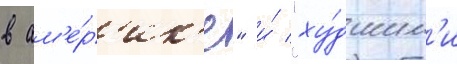
в ам'е́р'ик'е" и́ "ху́дшим'и